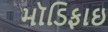
મૉડિફાઇ